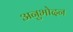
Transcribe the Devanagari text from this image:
अनुभोदन